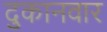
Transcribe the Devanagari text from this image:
दुकानवार